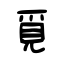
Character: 覓